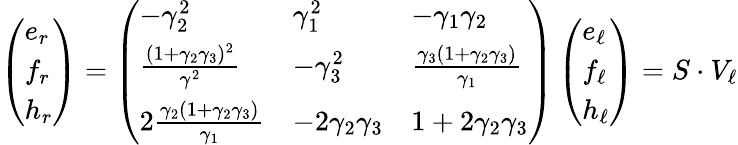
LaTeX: \begin{array}{r}{\left(\begin{array}{l}{e_{r}}\\ {f_{r}}\\ {h_{r}}\end{array}\right)=\left(\begin{array}{lll}{-\gamma_{2}^{2}}&{\gamma_{1}^{2}}&{-\gamma_{1}\gamma_{2}}\\ {\frac{(1+\gamma_{2}\gamma_{3})^{2}}{\gamma^{2}}}&{-\gamma_{3}^{2}}&{\frac{\gamma_{3}\left(1+\gamma_{2}\gamma_{3}\right)}{\gamma_{1}}}\\ {2\frac{\gamma_{2}\left(1+\gamma_{2}\gamma_{3}\right)}{\gamma_{1}}}&{-2\gamma_{2}\gamma_{3}}&{1+2\gamma_{2}\gamma_{3}}\end{array}\right)\left(\begin{array}{l}{e_{\ell}}\\ {f_{\ell}}\\ {h_{\ell}}\end{array}\right)=S\cdot V_{\ell}}\end{array}